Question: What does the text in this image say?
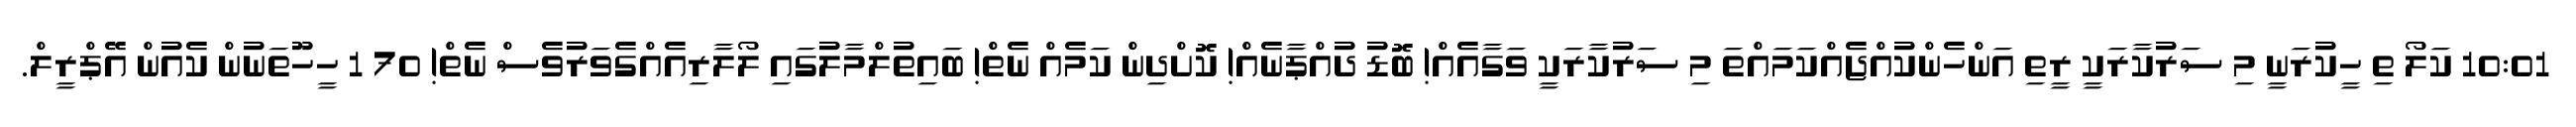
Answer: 10:01 ކަލޯ ތި ހީކުރަނީ މި ސަރުކާރަކީ ރީތި އަންހެންކުއްޖެއްކަމައްތަ މި ސަރުކާރަކީ ވަގާއެއް! ބޮޑު ދުއްޕާނެއް! ކޮށްދިން ކަމެއް ނެތް! ބައިތުލްމާލުގައި ލޯލާރިއެއްގެވަރުވެސް ނެތް! 70 1 ހީހޫތަނުން ކެއުން އޭޕްރީލް.